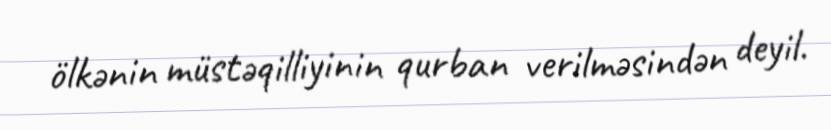
ölkənin müstəqilliyinin qurban verilməsindən deyil.